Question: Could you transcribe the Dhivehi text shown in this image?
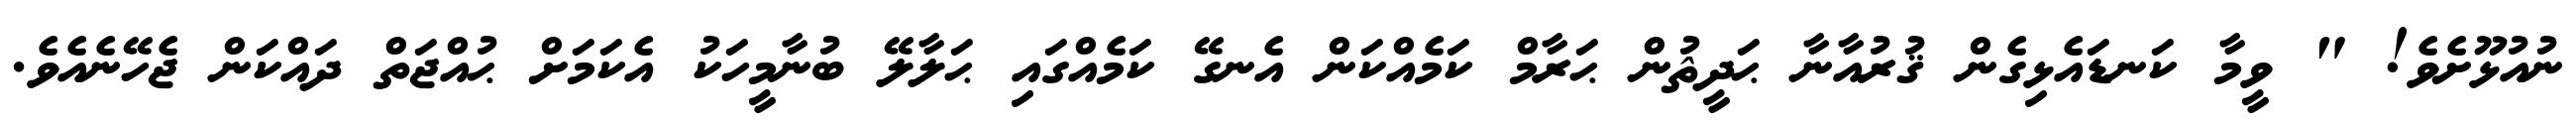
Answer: ނުއުޅޫށެވެ! " ވީމާ ކަނޑައެޅިގެން ޤުރުއާނާ ޙަދީޘުން ޙަރާމް ކަމެއްކަން އެނގޭ ކަމެއްގައި ޙަލާލޭ ބުނާމީހަކު އެކަމަށް ޙުއްޖަތް ދައްކަން ޖެހޭނެއެވެ.